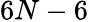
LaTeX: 6N-6